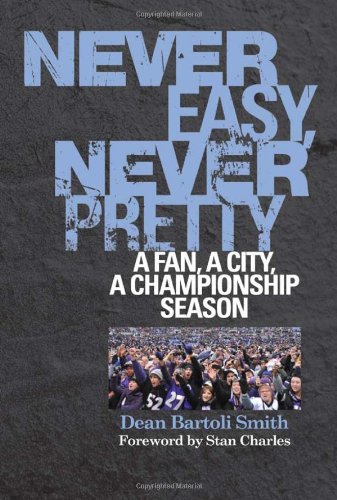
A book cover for Never Easy, Never Pretty: A Fan, A City, A Championship Season; Dean Bartoli Smith; Travel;